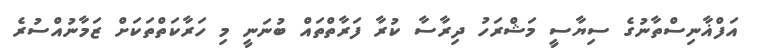
އަފްޣާނިސްތާނުގެ ސިޔާސީ މަޝްރަހު ދިރާސާ ކުރާ ފަރާތްތައް ބުނަނީ މި ހަރާކަތްތަކަށް ޒަމާނުއްސުރެ